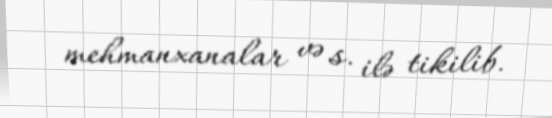
mehmanxanalar və s. ilə tikilib.